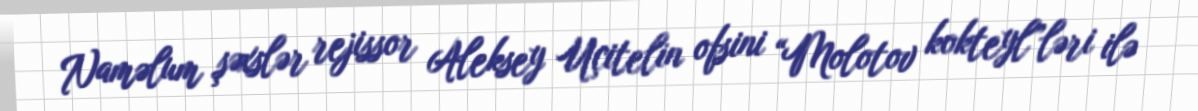
Naməlum şəxslər rejissor Aleksey Uçitelin ofsini “Molotov kokteyl”ləri ilə